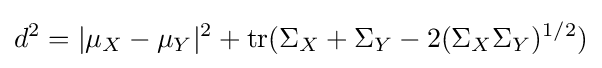
d^{2}=|\mu _{X}-\mu _{Y}|^{2}+\operatorname {tr} (\Sigma _{X}+\Sigma _{Y}-2(\Sigma _{X}\Sigma _{Y})^{1/2})